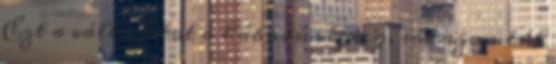
Ezt a változatot a háború végéig, sőt azon túl